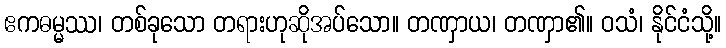
ဧကဓမ္မဿ၊ တစ်ခုသော တရားဟုဆိုအပ်သော။ တဏှာယ၊ တဏှာ၏။ ဝသံ၊ နိုင်ငံသို့။